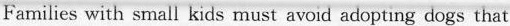
Families with small kids must avoid adopting dogs that